Document type: Grant of rights
Year: 1254
Scribe: Jaume de Port
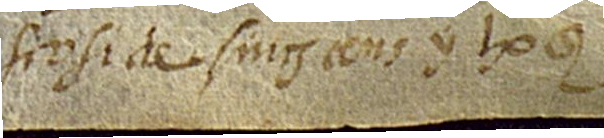
Scosi de sing-cens y 50 sous.